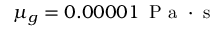
\mu _ { g } = 0 . 0 0 0 0 1 \, \mathrm { ~ P ~ a ~ } \cdot \mathrm { ~ s ~ }